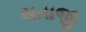
સતાજી